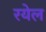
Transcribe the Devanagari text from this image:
रयेल